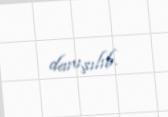
danışılıb.